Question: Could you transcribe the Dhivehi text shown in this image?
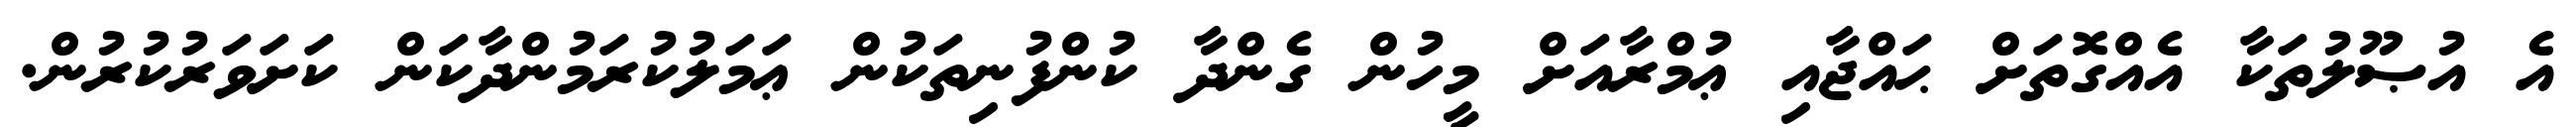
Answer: އެ އުޞޫލުތަކާ އެއްގޮތަށް ޙައްޖާއި ޢުމްރާއަށް މީހުން ގެންދާ ކުންފުނިތަކުން ޢަމަލުކުރަމުންދާކަން ކަށަވަރުކުރުން.